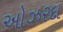
ઓઝરદા